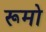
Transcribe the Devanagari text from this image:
रूमो